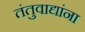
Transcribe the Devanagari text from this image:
तंतुवाद्यांना